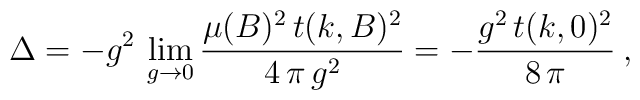
\Delta = - g^2\,\lim_{g\to 0}\frac{ \mu(B)^2\, t(k,B)^2}{4\, \pi\, g^2} =           - \frac{g^2\, t(k,0)^2}{8 \,\pi} \:,